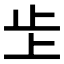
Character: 𣥌